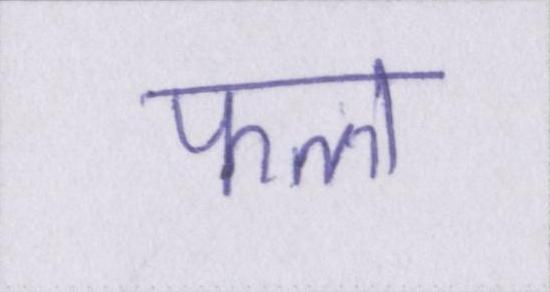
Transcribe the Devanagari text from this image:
फल